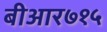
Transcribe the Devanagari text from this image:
बीआर७१५